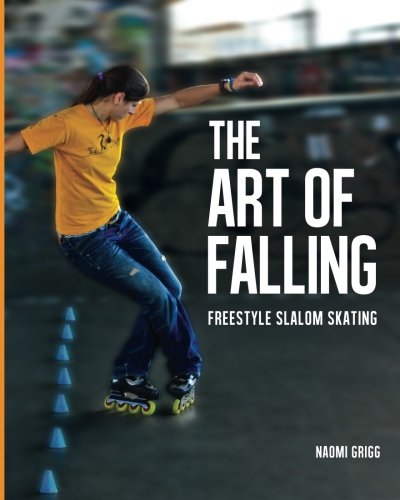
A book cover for The Art of Falling: Freestyle Slalom Skating; Naomi Grigg; Sports & Outdoors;